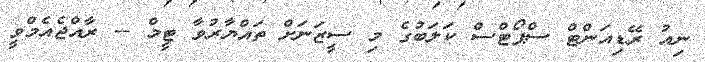
ނިއު ރޭޑިއަންޓް ސްޕޯޓްސް ކަލަބުގެ މި ސީޒަނަށް ތައްޔާރުވާ ޓީމް -- ރާއްޖެއެމްވީ